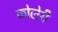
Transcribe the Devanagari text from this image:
कोलेरी